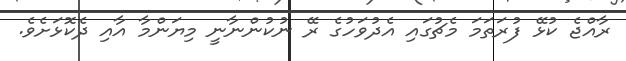
ރާއްޖެ ކުޅޭ ފުރަތަމަ މެޗުގައި އެދުވަހުގެ ރޭ ނުކުންނާނީ މިޔަންމާ އާއި ދެކޮޅަށެވެ.